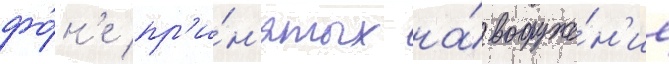
фо́н'е пр'и́н'ятых на́ вооруже́н'ие